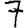
Digit: 7